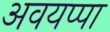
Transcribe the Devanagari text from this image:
अवयप्पा